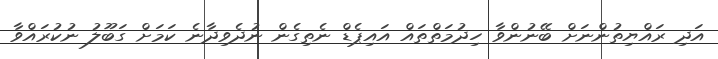
އަދި ރައްޔިތުންނަށް ބޭނުންވާ ހިދުމަތްތައް އައިޕެޑް ނެތިގެން ނުދެވިދާނެ ކަމަށް ގަބޫލު ނުކުރައްވާ